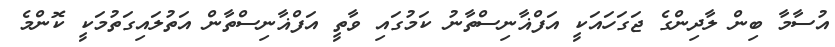
އުސާމާ ބިން ލާދިންގެ ޖަގަހައަކީ އަފްޣާނިސްތާނު ކަމުގައި ވާތީ އަފްޣާނިސްތާން އަތުލައިގަތުމަކީ ކޮންމެ